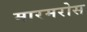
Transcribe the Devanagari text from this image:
मारमरोस